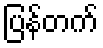
ပြန်တက်